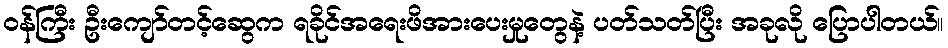
၀န်ကြီး ဦးကျော်တင့်ဆွေက ရခိုင်အရေးဖိအားပေးမှုတွေနဲ့ ပတ်သတ်ပြီး အခုလို ပြောပါတယ်။